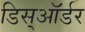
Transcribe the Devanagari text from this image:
डिस्ऑर्डर